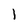
Character: 1